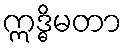
ဣဒ္ဓိမတာ